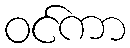
ဝင်ကာ